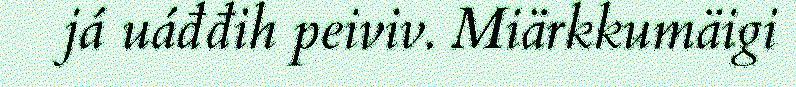
já uáđđih peiviv. Miärkkumäigi